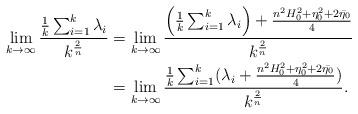
LaTeX: \begin{align*}\lim_{k\rightarrow\infty}\frac{\frac{1}{k}\sum_{i=1}^k\lambda_i}{k^{\frac{2}{n}}}&=\lim_{k\rightarrow\infty}\frac{\Big(\frac{1}{k}\sum_{i=1}^k\lambda_i\Big)+\frac{n^2H_0^2+\eta_0^2+2\bar{\eta_0}}{4}}{k^{\frac{2}{n}}}\\&=\lim_{k\rightarrow\infty}\frac{\frac{1}{k}\sum_{i=1}^k(\lambda_i+\frac{n^2H_0^2+\eta_0^2+2\bar{\eta_0}}{4})}{k^{\frac{2}{n}}}.\end{align*}